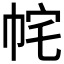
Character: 𭘝